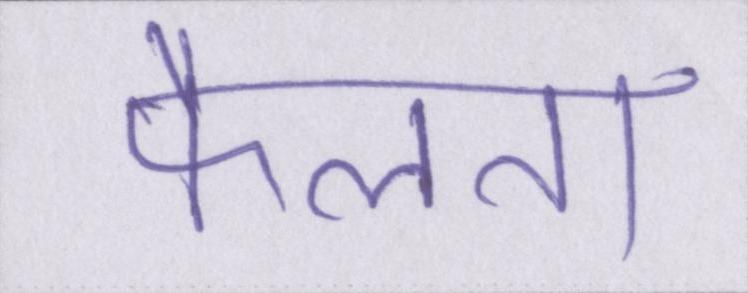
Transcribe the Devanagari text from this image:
फैलता